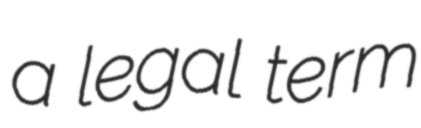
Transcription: a legal term